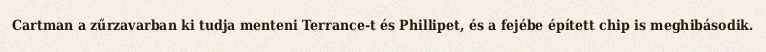
Cartman a zűrzavarban ki tudja menteni Terrance-t és Phillipet, és a fejébe épített chip is meghibásodik.